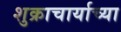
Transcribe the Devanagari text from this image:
शुक्राचार्याच्या